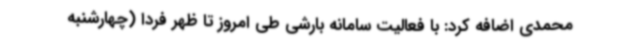
محمدی اضافه کرد: با فعالیت سامانه بارشی طی امروز تا ظهر فردا (چهارشنبه